Report of the Indian Hemp Drugs Commission, 1894-1895 - Volume IV
Year: 1894
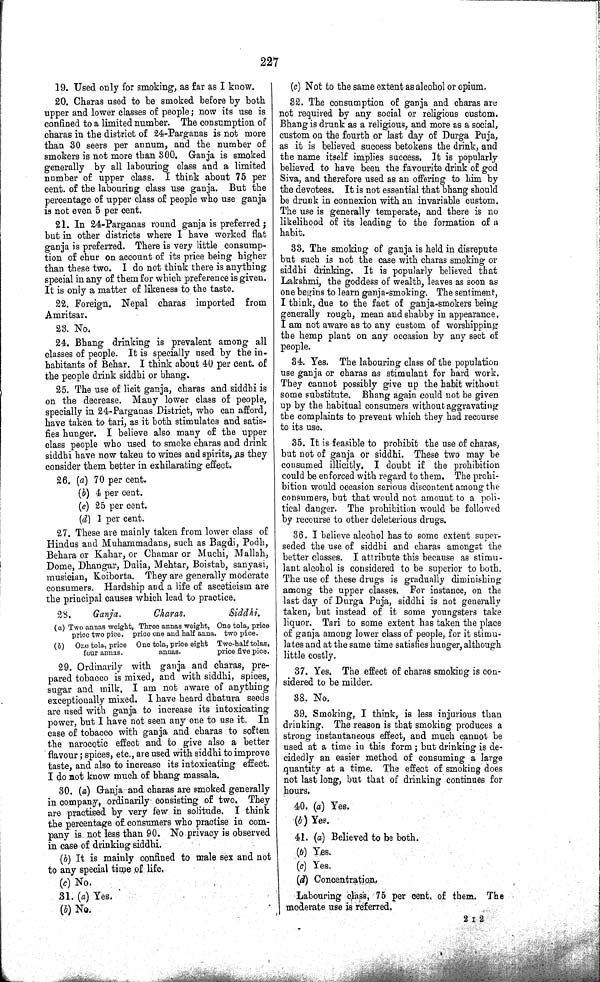
227
19. Used only for smoking, as far as I know.
20. Charas used to be smoked before by both
upper and lower classes of people; now its use is
confined to a limited number. The consumption of
charas in the district of 24-Parganas is not more
than 30 seers per annum, and the number of
smokers is not more than 300. Ganja is smoked
generally by all labouring class and a limited
number of upper class. I think about 75 per
cent. of the labouring class use ganja. But the
percentage of upper class of people who use ganja
is not even 5 per cent.
21. In 24-Parganas round ganja is preferred;
but in other districts where I have worked flat
ganja is preferred. There is very little consump-
tion of chur on account of its price being higher
than these two. I do not think there is anything
special in any of them for which preference is given.
It is only a matter of likeness to the taste.
22. Foreign. Nepal charas imported from
Amritsar.
23. No.
24. Bhang drinking is prevalent among all
classes of people. It is specially used by the in-
habitants of Behar. I think about 40 per cent. of
the people drink siddhi or bhang.
25. The use of licit ganja, charas and siddhi is
on the decrease. Many lower class of people,
specially in 24-Parganas District, who can afford,
have taken to tari, as it both stimulates and satis-
fies hunger. I believe also many of the upper
class people who used to smoke charas and drink
siddhi have now taken to wines and spirits, as they
consider them better in exhilarating effect.
26. (a) 70 per cent.
(b) 4 per cent.
(c) 25 per cent.
(d) 1 per cent.
27. These are mainly taken from lower class of
Hindus and Muhammadans, such as Bagdi, Podh,
Behara or Kahar, or Chamar or Muchi, Mallah,
Dome, Dhangar, Dulia, Mehtar, Boistab, sanyasi,
musician, Koiborta. They are generally moderate
consumers. Hardship and a life of asceticism are
the principal causes which lead to practice.
28.
Ganja.
Charas.
Siddhi.
(a) Two annas weight, Three annas weight, One tola, price
price two pice. price one and half anna. two pice.
(b)
One tola, price One tola, price eight Two-half tolas,
four annas.
annas.
price five pice.
29. Ordinarily with ganja and charas, pre-
pared tobacco is mixed, and with siddhi, spices,
sugar and milk. I am not aware of anything
exceptionally mixed. I have heard dhatura seeds
are used with ganja to increase its intoxicating
power, but I have not seen any one to use it. In
case of tobacco with ganja and charas to soften
the narocotic effect and to give also a better
flavour; spices, etc., are used with siddhi to improve
taste, and also to increase its intoxicating effect.
I do not know much of bhang massala.
30. (a) Ganja and charas are smoked generally
in company, ordinarily consisting of two. They
are practised by very few in solitude. I think
the percentage of. consumers who practise in com-
pany is. not less than 90. No privacy is observed
in case of drinking siddhi.
(b) It is mainly confined to male sex and not
to any special time of life.
(c) No.
31. (a) Yes.
(b) No.
(c) Not to the same extent as alcohol or opium.
32. The consumption of ganja and charas are
not required by any social or religious custom.
Bhang is drunk as a religious, and more as a social,
custom on the fourth or last day of Durga Puja,
as it is believed success betokens the drink, and
the name itself implies success. It is popularly
believed to have been the favourite drink of god
Siva, and therefore used as an offering to him by
the devotees. It is not essential that bhang should
be drunk in connexion with an invariable custom.
The use is generally temperate, and there is no
likelihood of its leading to the formation of a
habit.
33. The smoking of ganja is held in disrepute
but such is not the case with charas smoking or
siddhi drinking. It is popularly believed that
Lakshmi, the goddess of wealth, leaves as soon as
one begins to learn ganja-smoking. The sentiment,
I think, due to the fact of ganja-smokers being
generally rough, mean and shabby in appearance.
I am not aware as to any custom of worshipping
the hemp plant on any occasion by any sect of
people.
34. Yes. The labouring class of the population
use ganja or charas as stimulant for hard work.
They cannot possibly give up the habit without
some substitute. Bhang again could not be given
up by the habitual consumers without aggravating
the complaints to prevent which they had recourse
to its use.
35. It is feasible to prohibit the use of charas,
but not of ganja or siddhi. These two may be
consumed illicitly. I doubt if the prohibition
could be enforced with regard to them. The prohi-
bition would occasion serious discontent among the
consumers, but that would not amount to a poli-
tical danger. The prohibition would be followed
by recourse to other deleterious drugs.
36. I believe alcohol has to some extent super-
seded the use of siddhi and charas amongst the
better classes. I attribute this because as stimu-
lant alcohol is considered to be superior to both.
The use of these drugs is gradually diminishing
among the upper classes. For instance, on the
last day of Durga Puja, siddhi is not generally
taken, but instead of it some youngsters take
liquor. Tari to some extent has taken the place
of ganja among lower class of people, for it stimu-
lates and at the same time satisfies hunger, although
little costly.
37. Yes. The effect of charas smoking is con-
sidered to be milder.
38. No.
39. Smoking, I think, is less injurious than
drinking. The reason is that smoking produces a
strong instantaneous effect, and much cannot be
used at a time in this form; but drinking is de-
cidedly an easier method of consuming a large
quantity at a time. The effect of smoking does
not last long, but that of drinking continues for
hours.
40. (a) Yes.
(b) Yes.
41. (a) Believed to be both.
(b) Yes.
(c) Yes.
(d) Concentration.
Labouring class, 75 per cent. of them. The
moderate use is referred.
2 I 2